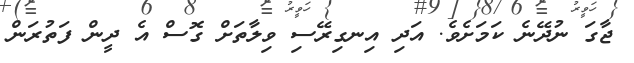
ޖާގަ ނުދޭނެ ކަމަށެވެ. އަދި އިނގިރޭސި ވިލާތަށް ގޮސް އެ ދީން ފަތުރަން